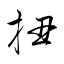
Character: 扭